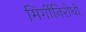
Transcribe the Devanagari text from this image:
मिर्गीनिरोधी